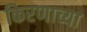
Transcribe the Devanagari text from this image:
किरणाच्या